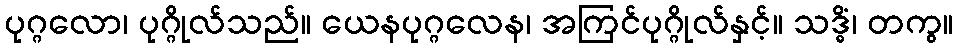
ပုဂ္ဂလော၊ ပုဂ္ဂိုလ်သည်။ ယေနပုဂ္ဂလေန၊ အကြင်ပုဂ္ဂိုလ်နှင့်။ သဒ္ဓိံ၊ တကွ။